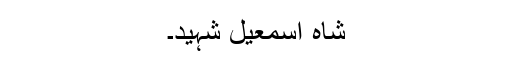
شاہ اسمعیل شہیدؒ۔